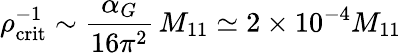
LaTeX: \rho_{\mathrm{crit}}^{-1}\sim{\frac{\alpha_{G}}{16\pi^{2}}}\, M_{11}\simeq 2\times 10^{-4}M_{11}